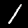
Label: 1